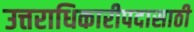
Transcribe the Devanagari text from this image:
उत्तराधिकारीपदासाठी